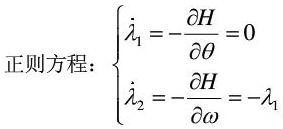
正则方程：
\[
\begin{cases}
\dot{\lambda}_1 = -\frac{\partial H}{\partial \theta} = 0 \\
\dot{\lambda}_2 = -\frac{\partial H}{\partial \omega} = -\lambda_1
\end{cases}
\]